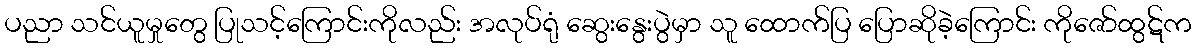
ပညာ သင်ယူမှုတွေ ပြုသင့်ကြောင်းကိုလည်း အလုပ်ရုံ ဆွေးနွေးပွဲမှာ သူ ထောက်ပြ ပြောဆိုခဲ့ကြောင်း ကိုဇော်ထွဋ်က